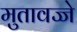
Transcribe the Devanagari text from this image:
मुतावज्जे